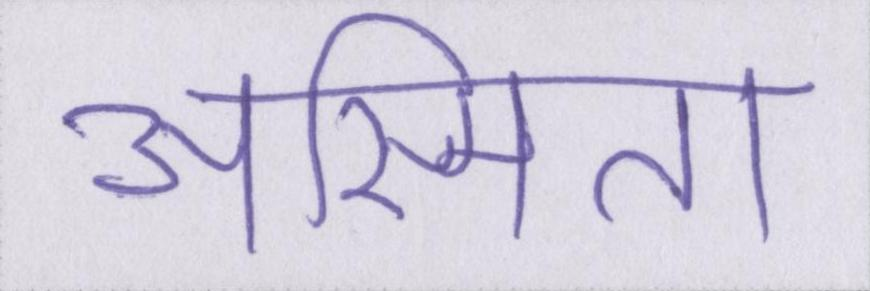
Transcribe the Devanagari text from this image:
अस्मिता